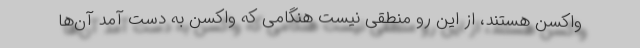
واکسن هستند، از این رو منطقی نیست هنگامی که واکسن به دست آمد آن‌ها